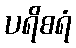
ပရိစရံ